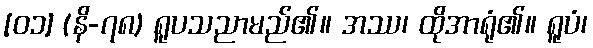
[၀၁] (နိ-၇၈) ရူပသညာမည်၏။ အဿ၊ ထိုအာရုံ၏။ ရူပံ၊